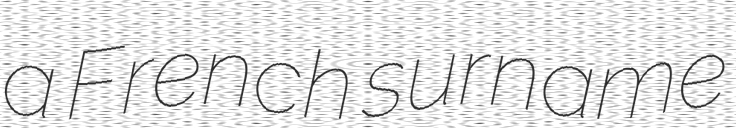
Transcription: a French surname